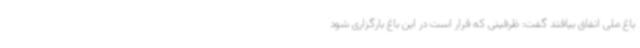
باغ ملی اتفاق بیافتد گفت: ظرفیتی که قرار است در این باغ بارگزاری شود